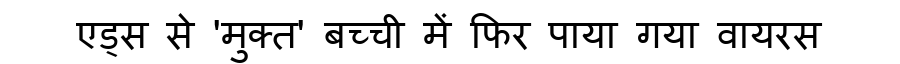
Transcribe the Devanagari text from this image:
एड्स से 'मुक्त' बच्ची में फिर पाया गया वायरस